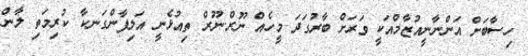
ހިސާބަށް އަންނާނީއުޒާމްއަކީ ވަރަށް ބާރުގަދަ މީހެއް ނޫރް.ނޫރް ތިއުޅެނީ އަލިފާންގަނކާ ކުރިމަތި ލާން